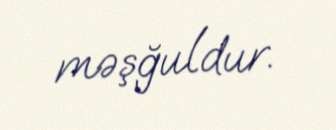
məşğuldur.